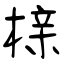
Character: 榇